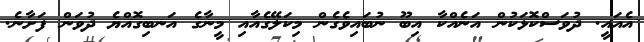
އެއައީ. ދުވަސްކޮޅަކުން އަނެއްކާ އިބޫ ނުބައިވެގެން މިކަލޭގެއާއި މީނާގެ އަނބިގޮއްޔެ ދުވަން ފަށާނެ.